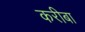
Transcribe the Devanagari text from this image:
करीबा